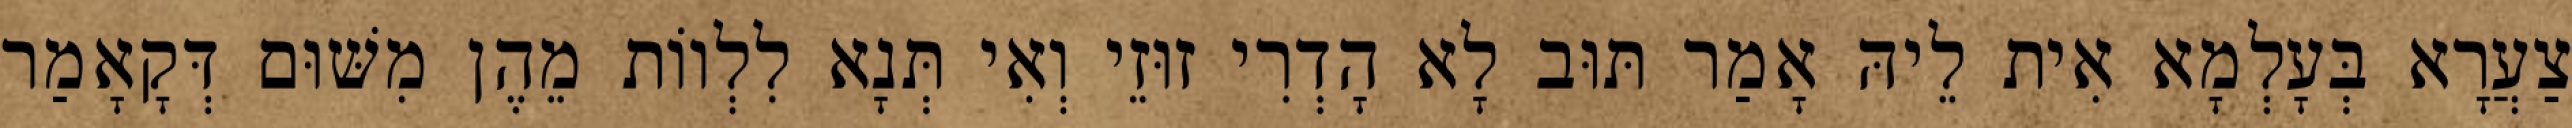
צַעֲרָא בְּעָלְמָא אִית לֵיהּ אָמַר תּוּב לָא הָדְרִי זוּזֵי וְאִי תְּנָא לִלְווֹת מֵהֶן מִשּׁוּם דְּקָאָמַר